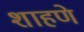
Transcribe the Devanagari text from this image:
शाहणे